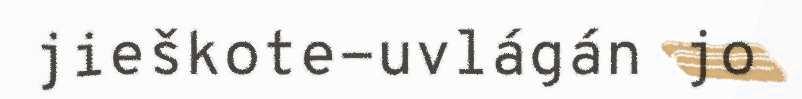
jieškote-uvlágán jo